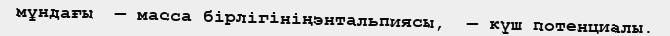
мұндағы  — масса бірлігініңэнтальпиясы,  — күш потенциалы.